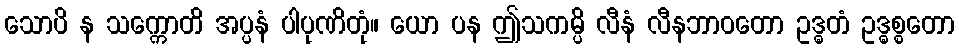
သောပိ န သက္ကောတိ အပ္ပနံ ပါပုဏိတုံ။ ယော ပန ဤသကမ္ပိ လီနံ လီနဘာဝတော ဥဒ္ဓတံ ဥဒ္ဓစ္စတော